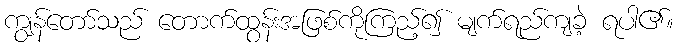
ကျွန်တော်သည် တောက်ထွန်းအဖြစ်ကိုကြည့်၍ မျက်ရည်ကျခဲ့ ရပါ၏။